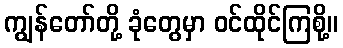
ကျွန်တော်တို့ ခုံတွေမှာ ဝင်ထိုင်ကြစို့။